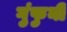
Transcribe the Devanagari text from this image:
गुंफुनी